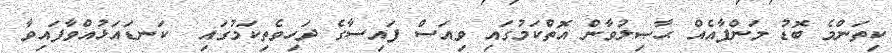
ކިތަންމެ ބޮޑު މަންފާއެއް ޙާޞިލުވާން އޮތްކަމުގައި ވިއަސް ފައިސާގެ ދަހިވެތިކަމުގައި  ކަނޑައަޅުއްވާފައިވާ